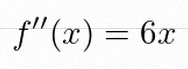
f''(x)=6x